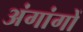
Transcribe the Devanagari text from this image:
अंगांगों